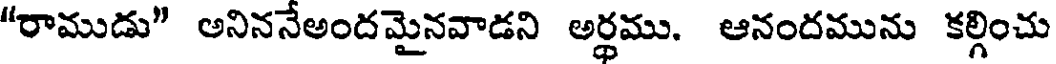
"రాముడు" అనిననేఅందమైనవాడని అర్ధము. ఆనందమును కల్గించు